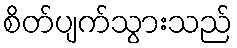
စိတ်ပျက်သွားသည်